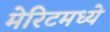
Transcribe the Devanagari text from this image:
मेरिटमध्ये